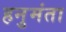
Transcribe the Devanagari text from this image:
हनुमंता